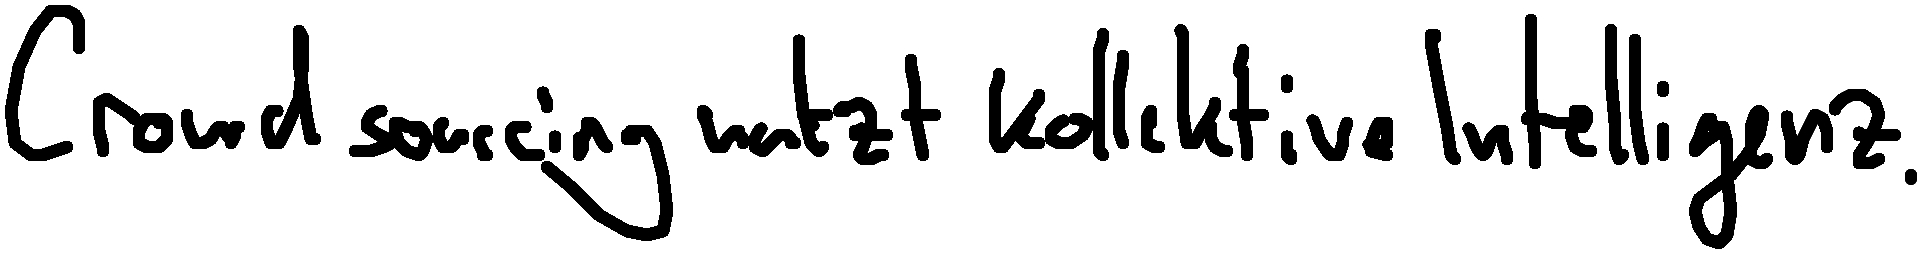
Crowdsourcing nutzt kollektive Intelligenz.